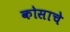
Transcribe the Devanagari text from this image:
कोसाचे